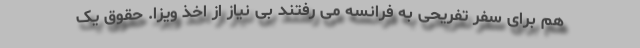
هم برای سفر تفریحی به فرانسه می رفتند بی نیاز از اخذ ویزا. حقوق یک